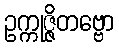
ဥက္ကုဇ္ဇိတဗ္ဗော